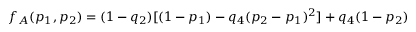
f _ { A } ( p _ { 1 } , p _ { 2 } ) = ( 1 - q _ { 2 } ) [ ( 1 - p _ { 1 } ) - q _ { 4 } ( p _ { 2 } - p _ { 1 } ) ^ { 2 } ] + q _ { 4 } ( 1 - p _ { 2 } )